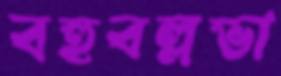
বহুবল্লভা